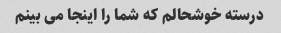
درسته خوشحالم که شما را اینجا می بینم